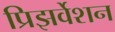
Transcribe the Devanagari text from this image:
प्रिझर्वेशन